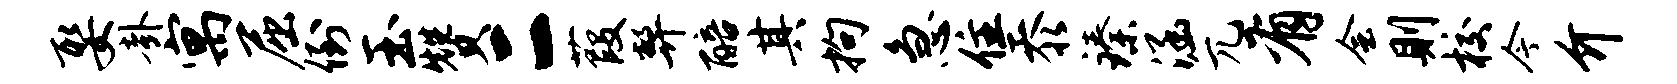
娶卦寓屈倒玉赞二葭弊醅其拘急住忝臻涵兀有会则校今介